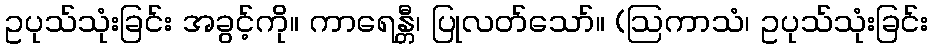
ဥပုသ်သုံးခြင်း အခွင့်ကို။ ကာရေန္တီ၊ ပြုလတ်သော်။ (ဩကာသံ၊ ဥပုသ်သုံးခြင်း